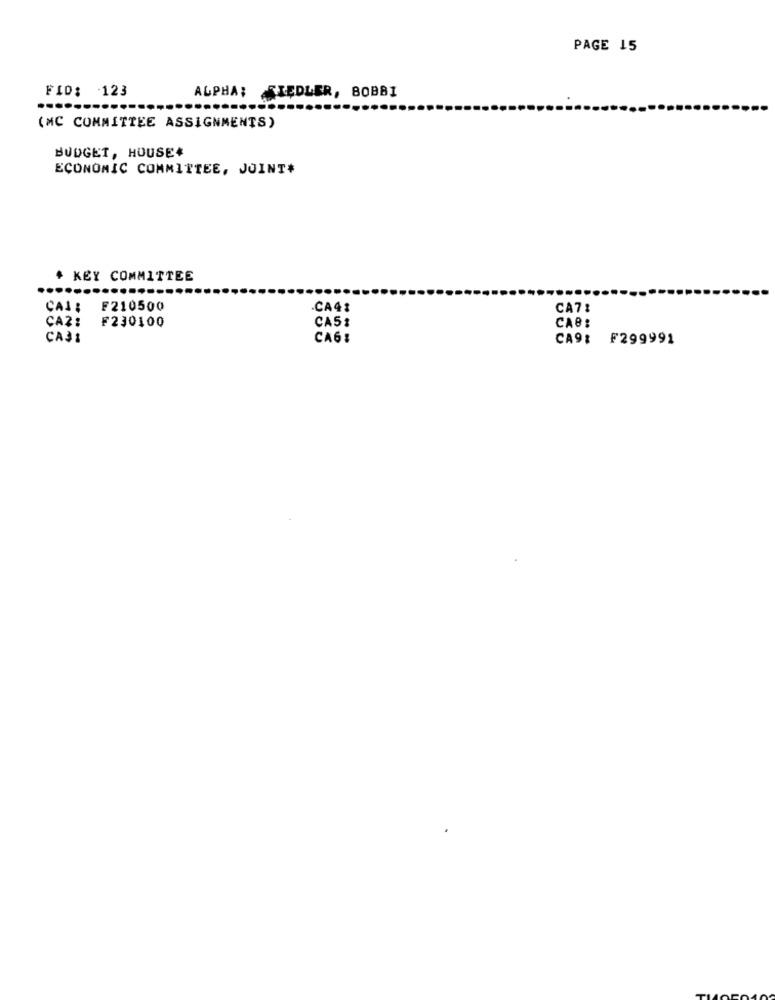
PAGE 15
FID: 123
ALPHA; SIEDLER, BOBBI
.....
(MC COMMITTEE ASSIGNMENTS)
BUDGET, HOUSE#
ECONOMIC COMMITTEE, JOINT#
+ KEY COMMITTEE
........
....
CAL :
F210500
.CA4:
CA71
₣230100
CA51
CAB:
CAZ:
CA31
CA6:
CA9: F299991